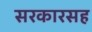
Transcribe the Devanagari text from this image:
सरकारसह